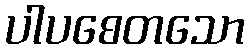
ပါပစေတသော